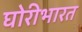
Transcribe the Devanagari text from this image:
घोरीभारत